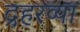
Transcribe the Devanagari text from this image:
द्रहरव्या